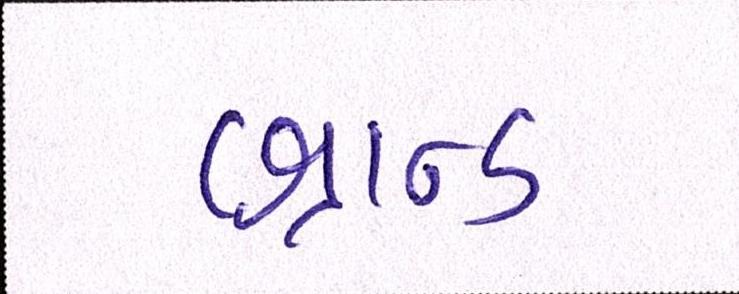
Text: બ્રાન્ડ